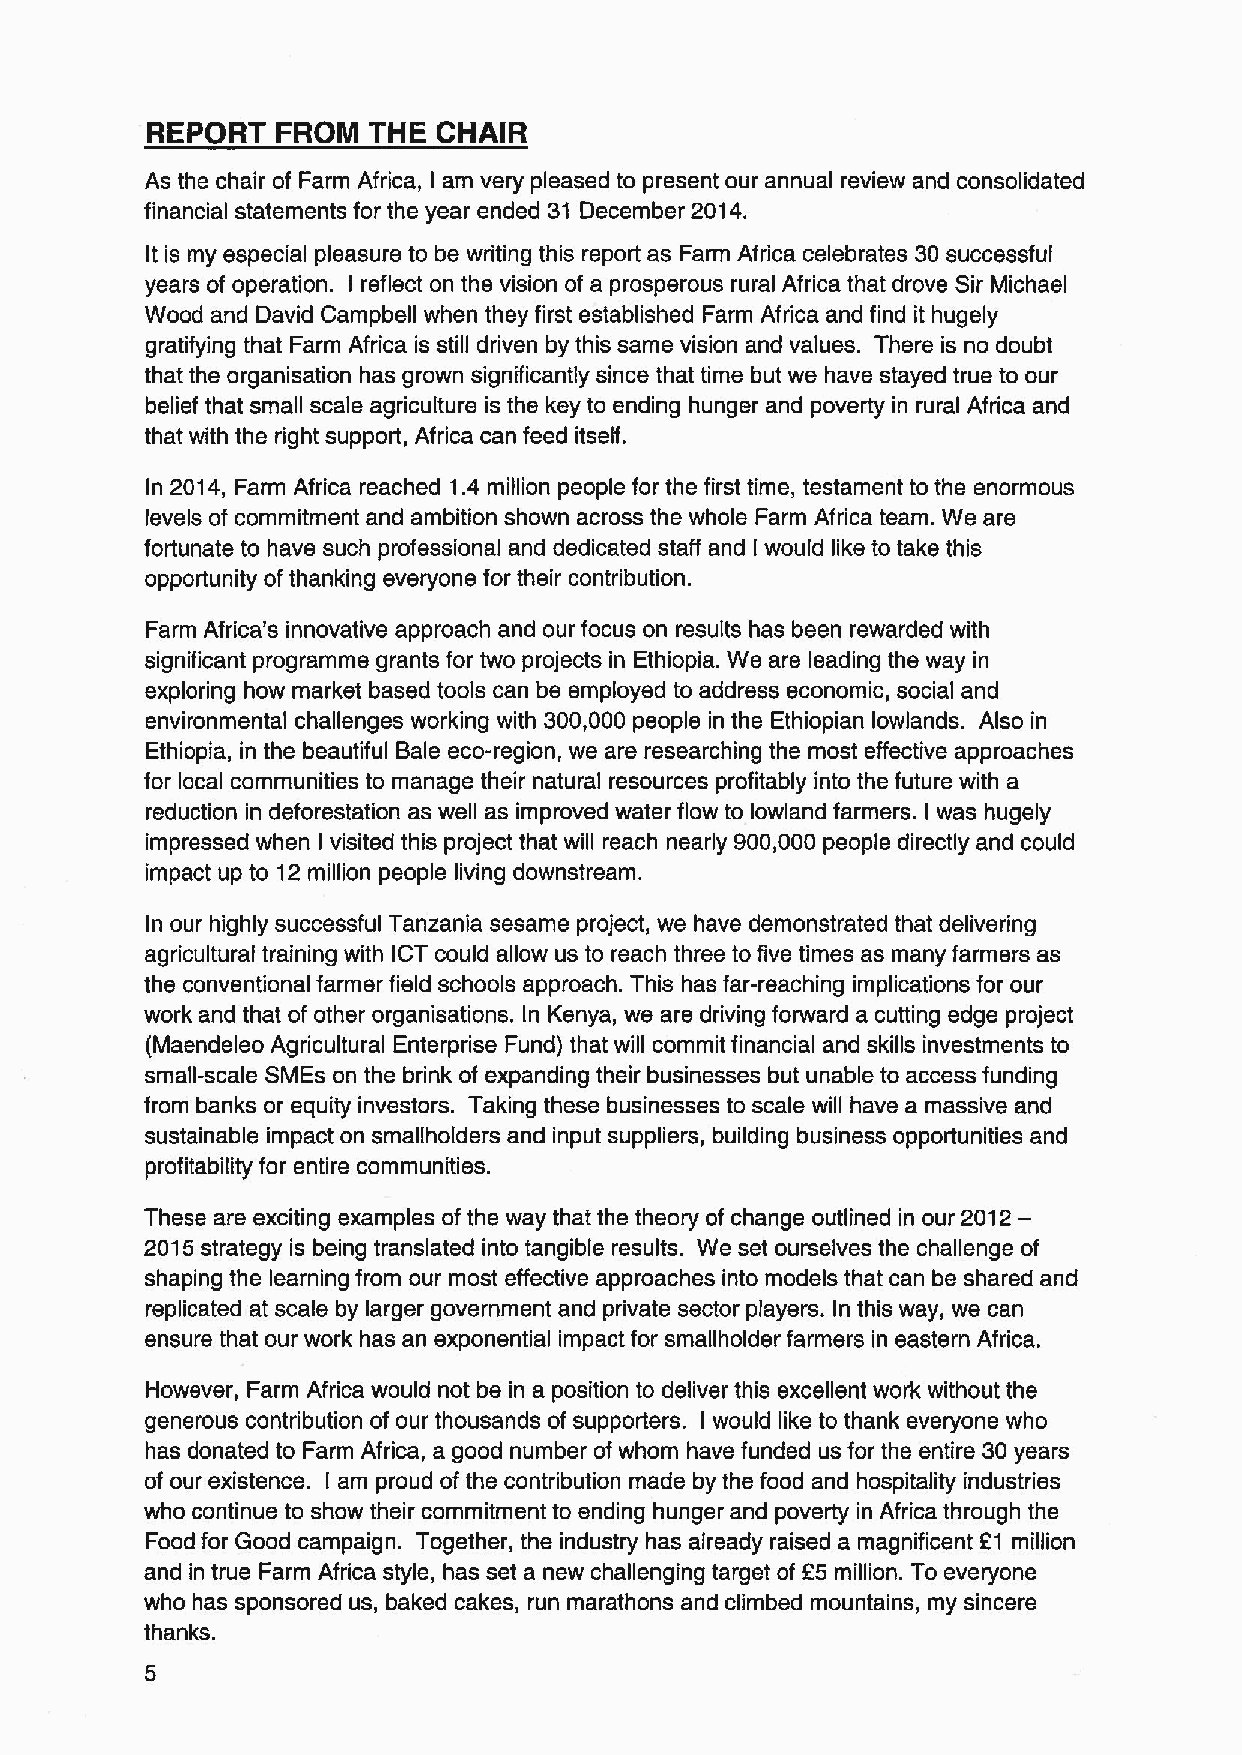
REPORT  FROM  THE  CHAIR
 As the chair of Farm Africa, am very pleased to present our annual review and consolidated
 I
 financial statements for the year ended 31 December 2014.
 It is my especial pleasure to be writing this report as Farm Africa celebrates 30 successful
 years of operation. reflect on the vision of a prosperous rural Africa that drove Sir Michael
 I
 Wood and David Campbell when they first established Farm Africa and find it hugely
 gratifying that Farm Africa is still driven by this same vision and values. There is no doubt
 that the organisation has grown significantly since that time but we have stayed true to our
 belief that small scale agriculture is the key to ending hunger and poverty in rural Africa and
 that with the right support, Africa can feed itself.
 In 2014, Farm Africa reached 1.4 million people for the first time, testament to the enormous
 levels of commitment and ambition shown across the whole Farm Africa team. We are
 fortunate to have such professional and dedicated staff and would like to take this
 I
 opportunity of thanking everyone for their contribution.
 Farm Africa's innovative approach and our focus on results has been rewarded with
 significant programme grants for two projects in Ethiopia. We are leading the way in
 exploring how market based tools can be employed to address economic, social and
 environmental challenges working with 300,000 people in the Ethiopian lowlands. Also in
 Ethiopia, in the beautiful Bale eco-region, we are researching the most effective approaches
 for local communities to manage their natural resources profitably into the future with a
 reduction in deforestation as well as improved water flow to lowland farmers. I was hugely
 impressed when I visited this project that will reach nearly 900,000 people directly and could
 impact up to 12million people living downstream.
 In our highly successful Tanzania sesame project, we have demonstrated that delivering
 agricultural training with ICT could allow us to reach three to five times as many farmers as
 the conventional farmer field schools approach. This has far-reaching implications for our
 work and that of other organisations. In Kenya, we are driving forward a cutting edge project
 (Maendeleo Agricultural Enterprise Fund) that will commit financial and skills investments to
 small-scale SMEs on the brink of expanding their businesses but unable to access funding
 from banks or equity investors. Taking these businesses to scale will have a massive and
 sustainable impact on smallholders and input suppliers, building business opportunities and
 profitability for entire communities.
 These are exciting examples of the way that the theory of change outlined in our 2012—
 2015strategy is being translated into tangible results. We set ourselves the challenge of
 shaping the learning from our most effective approaches into models that can be shared and
 replicated at scale by larger government and private sector players. In this way, we can
 ensure that our work has an exponential impact for smallholder farmers in eastern Africa.
 However, Farm Africa would not be in a position to deliver this excellent work without the
 generous contribution of our thousands of supporters. would like to thank everyone who
 I
 has donated to Farm Africa, a good number ofwhom have funded us for the entire 30years
 of our existence. I am proud of the contribution made by the food and hospitality industries
 who continue to show their commitment to ending hunger and poverty in Africa through the
 Food for Good campaign. Together, the industry has already raised a magnificent 21 million
 and in true Farm Africa style, has set a new challenging target of 25 million. To everyone
 who has sponsored us, baked cakes, run marathons and climbed mountains, my sincere
 thanks.